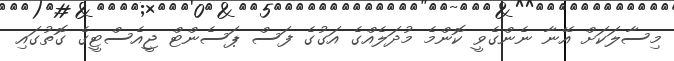
މިސާލަކަށް އޭނާ ނެންގެވީ ކޮންމެ މުދަލެއްގެ އަގުގެ ފަސް ޕަސެންޓް ޖީއެސްޓީގެ ގޮތުގައި